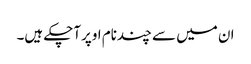
ان میں سے چندنام اوپرآچکے ہیں۔